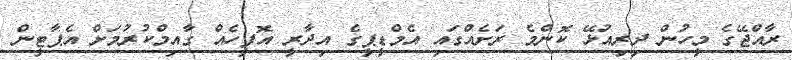
ރާއްޖޭގެ މީހުން ދިރިއުޅޭ ކޮންމެ ރަށެއްގައި އެމްޑީޕީގެ އިދާރީ އޮފީހެއް ގާއިމްކުރުމަށް އެޕާޓީން